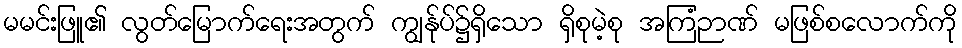
မမင်းဖြူ၏ လွတ်မြောက်ရေးအတွက် ကျွန်ုပ်၌ရှိသော ရှိစုမဲ့စု အကြံဉာဏ် မဖြစ်စလောက်ကို